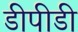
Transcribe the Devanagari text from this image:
डीपीडी